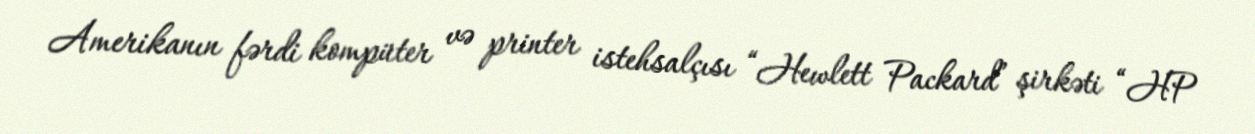
Amerikanın fərdi kompüter və printer istehsalçısı “Hewlett Packard” şirkəti “HP